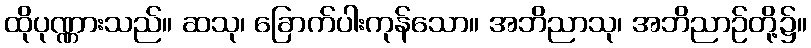
ထိုပုဏ္ဏားသည်။ ဆသု၊ ခြောက်ပါးကုန်သော။ အဘိညာသု၊ အဘိညာဉ်တို့၌။